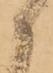
御